Juri_Uluots, lk 32
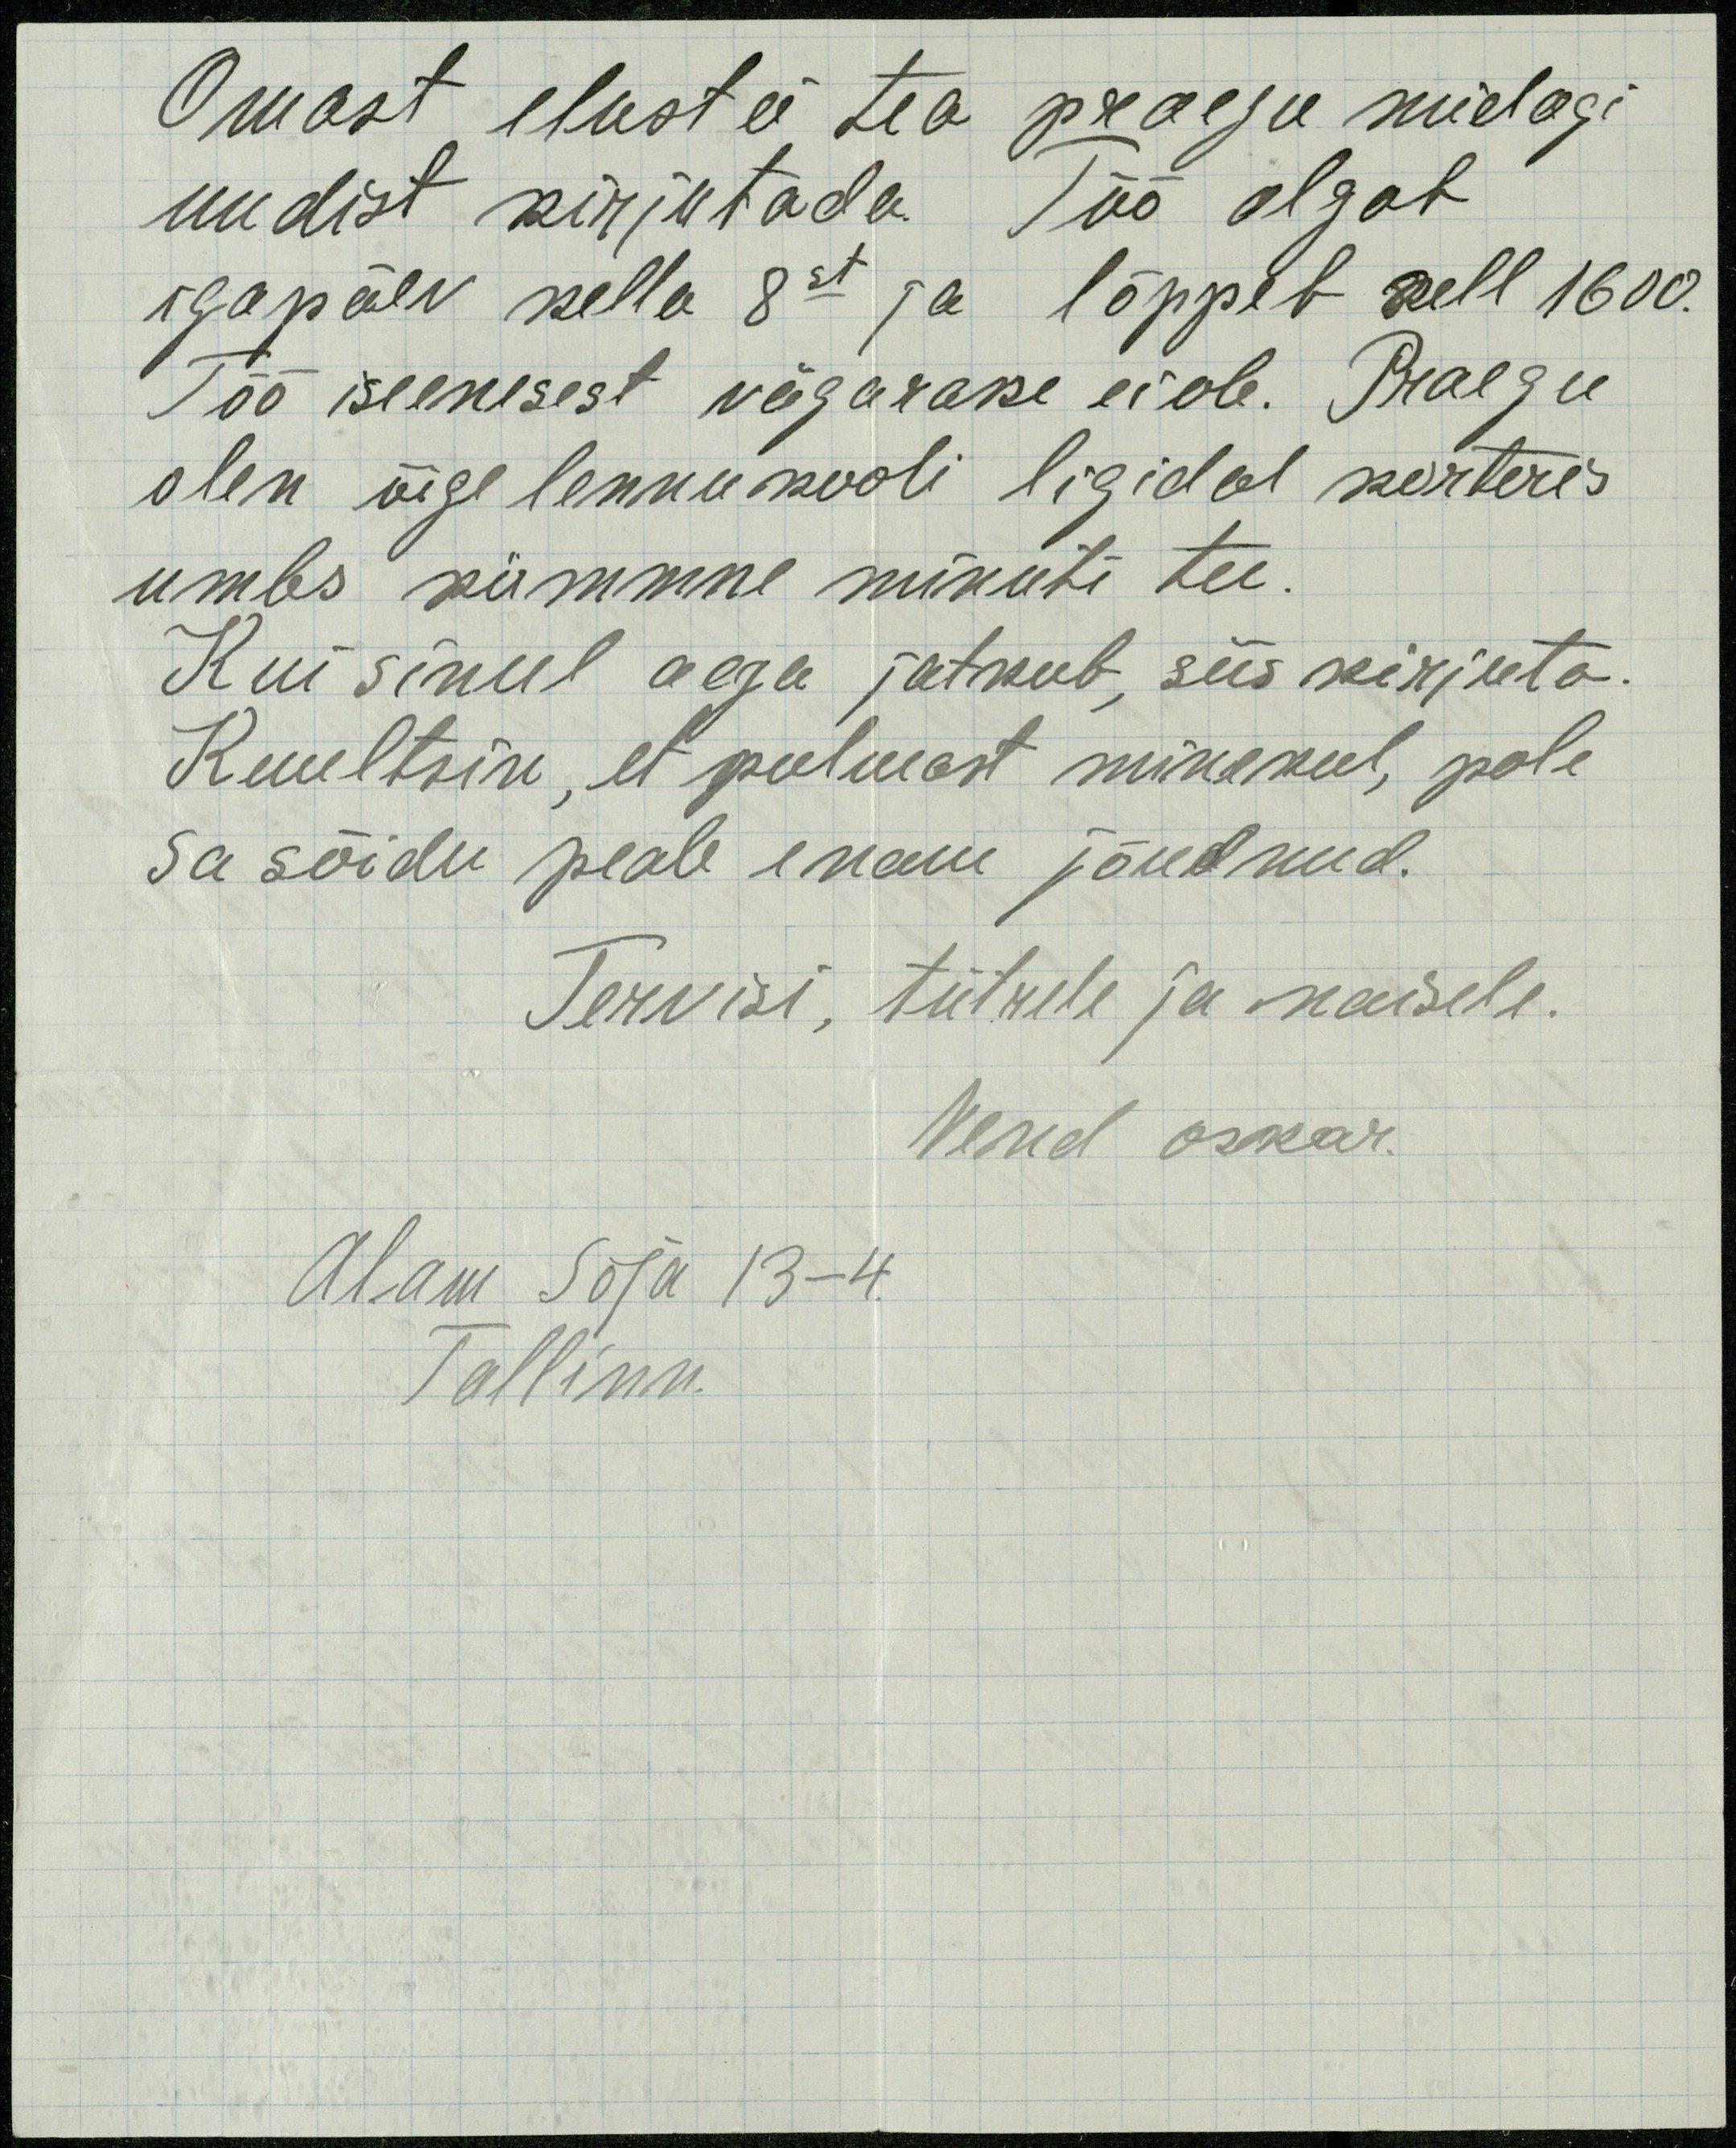
Omast elust ei tea praegu midagi
uudist kirjutada. Töö algab
igapäev kella 8st ja lõppeb kell 1600.
Töö iseenesest väga rake ei ole. Praegu
olen õige lennukooli ligidal korteris
umbs kümmne minuti tee.
Kui sinul aega jätkub, siis kirjuta.
Kuultsin, et pulmast minekul, pole
Sa sõidu peale enam jõudnud.
Tervisi, tütrele ja naisele.
Vend oskar.
Alam Sõja 13-4
Tallinn.